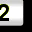
Digit: 2